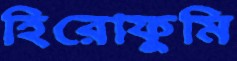
হিরোফুমি